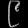
Digit: ၉